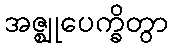
အဇ္ဈုပေက္ခိတွာ